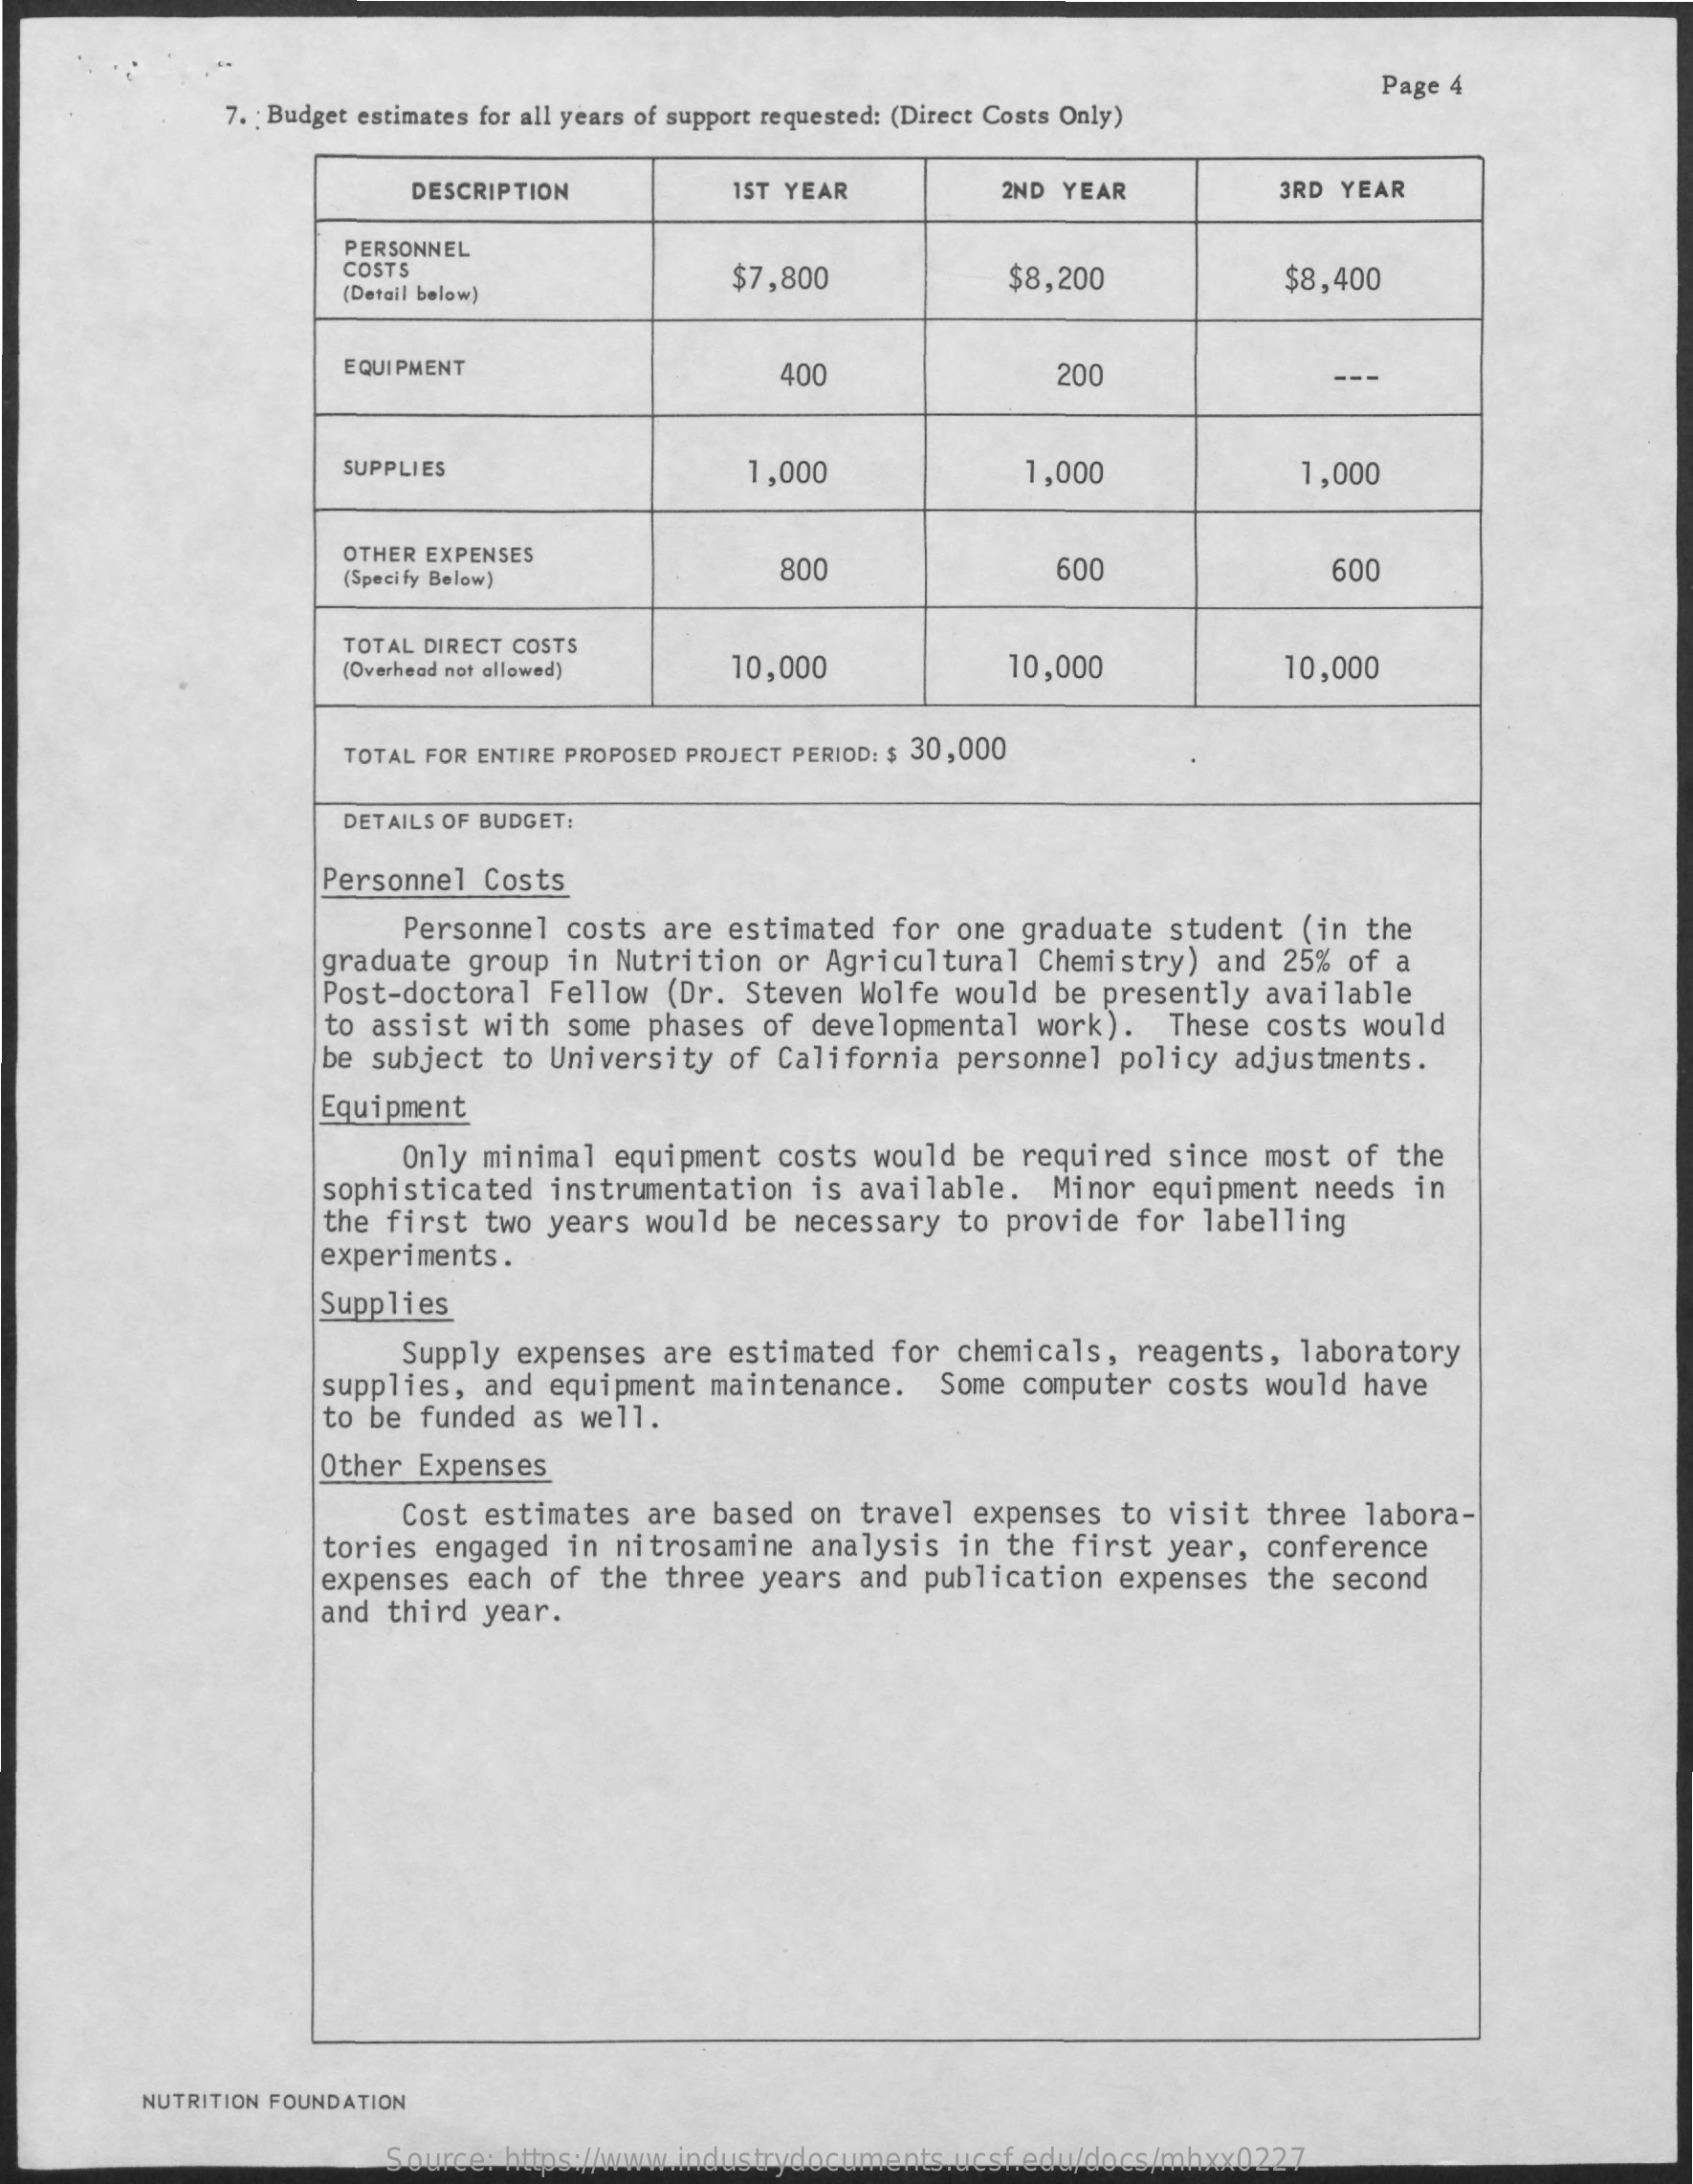
7. ; Budget estimates for all years of support requested: (Direct Costs Only)
     Page 4
     DESCRIPTION    1ST YEAR    2ND YEAR    3RD YEAR
     PERSONNEL
     COSTS    $7,800    $8,200
     (Detail below)
     $8,400
     EQUIPMENT    400    200
     SUPPLIES    1,000    1,000    1,000
     OTHER EXPENSES
     (Specify Below)    800    600    600
     TOTAL DIRECT COSTS
     (Overhead not allowed)    10,000    10,000    10,000
     TOTAL FOR ENTIRE PROPOSED PROJECT PERIOD: $ 30,000
     DETAILS OF BUDGET:
     Personnel   Costs
     Personnel   costs  are estimated   for  one graduate   student   (in the
     graduate   group  in Nutrition   or Agricultural    Chemistry)   and 25%  of a
     Post-doctoral   Fellow   (Dr.  Steven  Wolfe  would  be presently   available
     to  assist  with  some phases   of developmental    work).   These  costs  would
     be  subject  to University   of  California   personnel   policy  adjustments.
     Equipment
     Only minimal   equipment   costs  would  be required   since  most  of the
     sophisticated   instrumentation    is  available.    Minor  equipment  needs   in
     the  first  two years  would  be  necessary   to provide   for labelling
     experiments.
     Supplies
     Supply  expenses   are estimated   for  chemicals,   reagents,  laboratory
     supplies,   and equipment   maintenance.    Some  computer  costs  would  have
     to  be funded  as  well.
     Other  Expenses
     Cost  estimates  are  based  on  travel  expenses   to visit  three  labora-
     tories  engaged   in nitrosamine   analysis   in the  first  year,  conference
     expenses   each of  the  three  years  and publication    expenses  the  second
     and  third  year.
     NUTRITION FOUNDATION
     Source:  https://www.industrydocuments.ucsf.edu/docs/mhxx0227